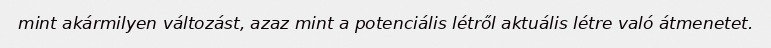
mint akármilyen változást, azaz mint a potenciális létről aktuális létre való átmenetet.